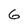
Character: 6